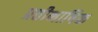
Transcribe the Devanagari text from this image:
प्रतीभाषिक